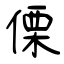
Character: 傈